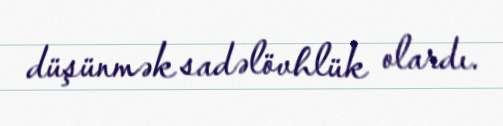
düşünmək sadəlövhlük olardı.